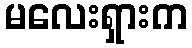
မလေးရှားက